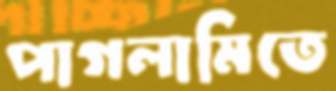
পাগলামিতে